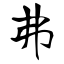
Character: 弗